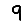
Digit: 9